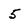
Character: 5